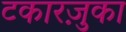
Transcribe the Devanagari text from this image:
टकारज़ुका